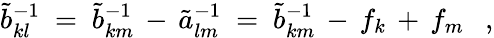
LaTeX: \tilde{b}_{kl}^{-1}~=~\tilde{b}_{km}^{-1}\, -\, \tilde{a}_{lm}^{-1}~=~\tilde{b}_{km}^{-1}\, -\, f_{k}\, +\, f_{m}~~~,